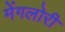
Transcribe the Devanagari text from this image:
मेंगलोरी